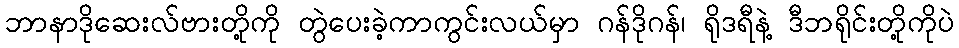
ဘာနာဒိုဆေးလ်ဗားတို့ကို တွဲပေးခဲ့ကာကွင်းလယ်မှာ ဂန်ဒိုဂန်၊ ရိုဒရီနဲ့ ဒီဘရိုင်းတို့ကိုပဲ